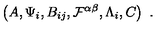
\left( A , \Psi _ { i } , B _ { i j } , { \cal F } ^ { \alpha \beta } , \Lambda _ { i } , C \right) \ .